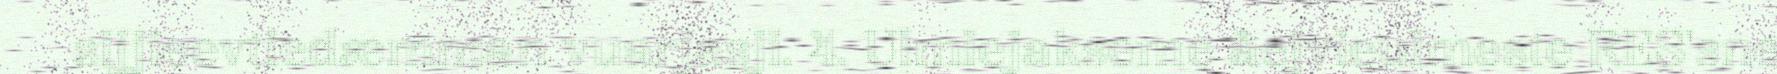
sijjieevtiedæmman vuarjasji. 4. Ulmiejakseme åejvieulmeste RES'sne